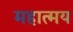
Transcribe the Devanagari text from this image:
महात्‍मय